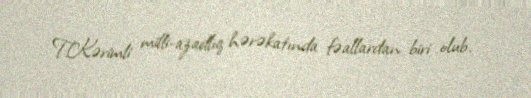
T.Kərimli milli-azadlıq hərəkatında fəallardan biri olub.